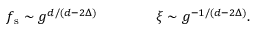
f _ { \mathrm { s } } \sim g ^ { d / ( d - 2 \Delta ) } \qquad \qquad \xi \sim g ^ { - 1 / ( d - 2 \Delta ) } .